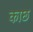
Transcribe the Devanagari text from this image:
काछ